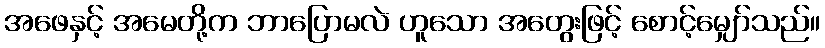
အဖေနှင့် အမေတို့က ဘာပြောမလဲ ဟူသော အတွေးဖြင့် စောင့်မျှော်သည်။